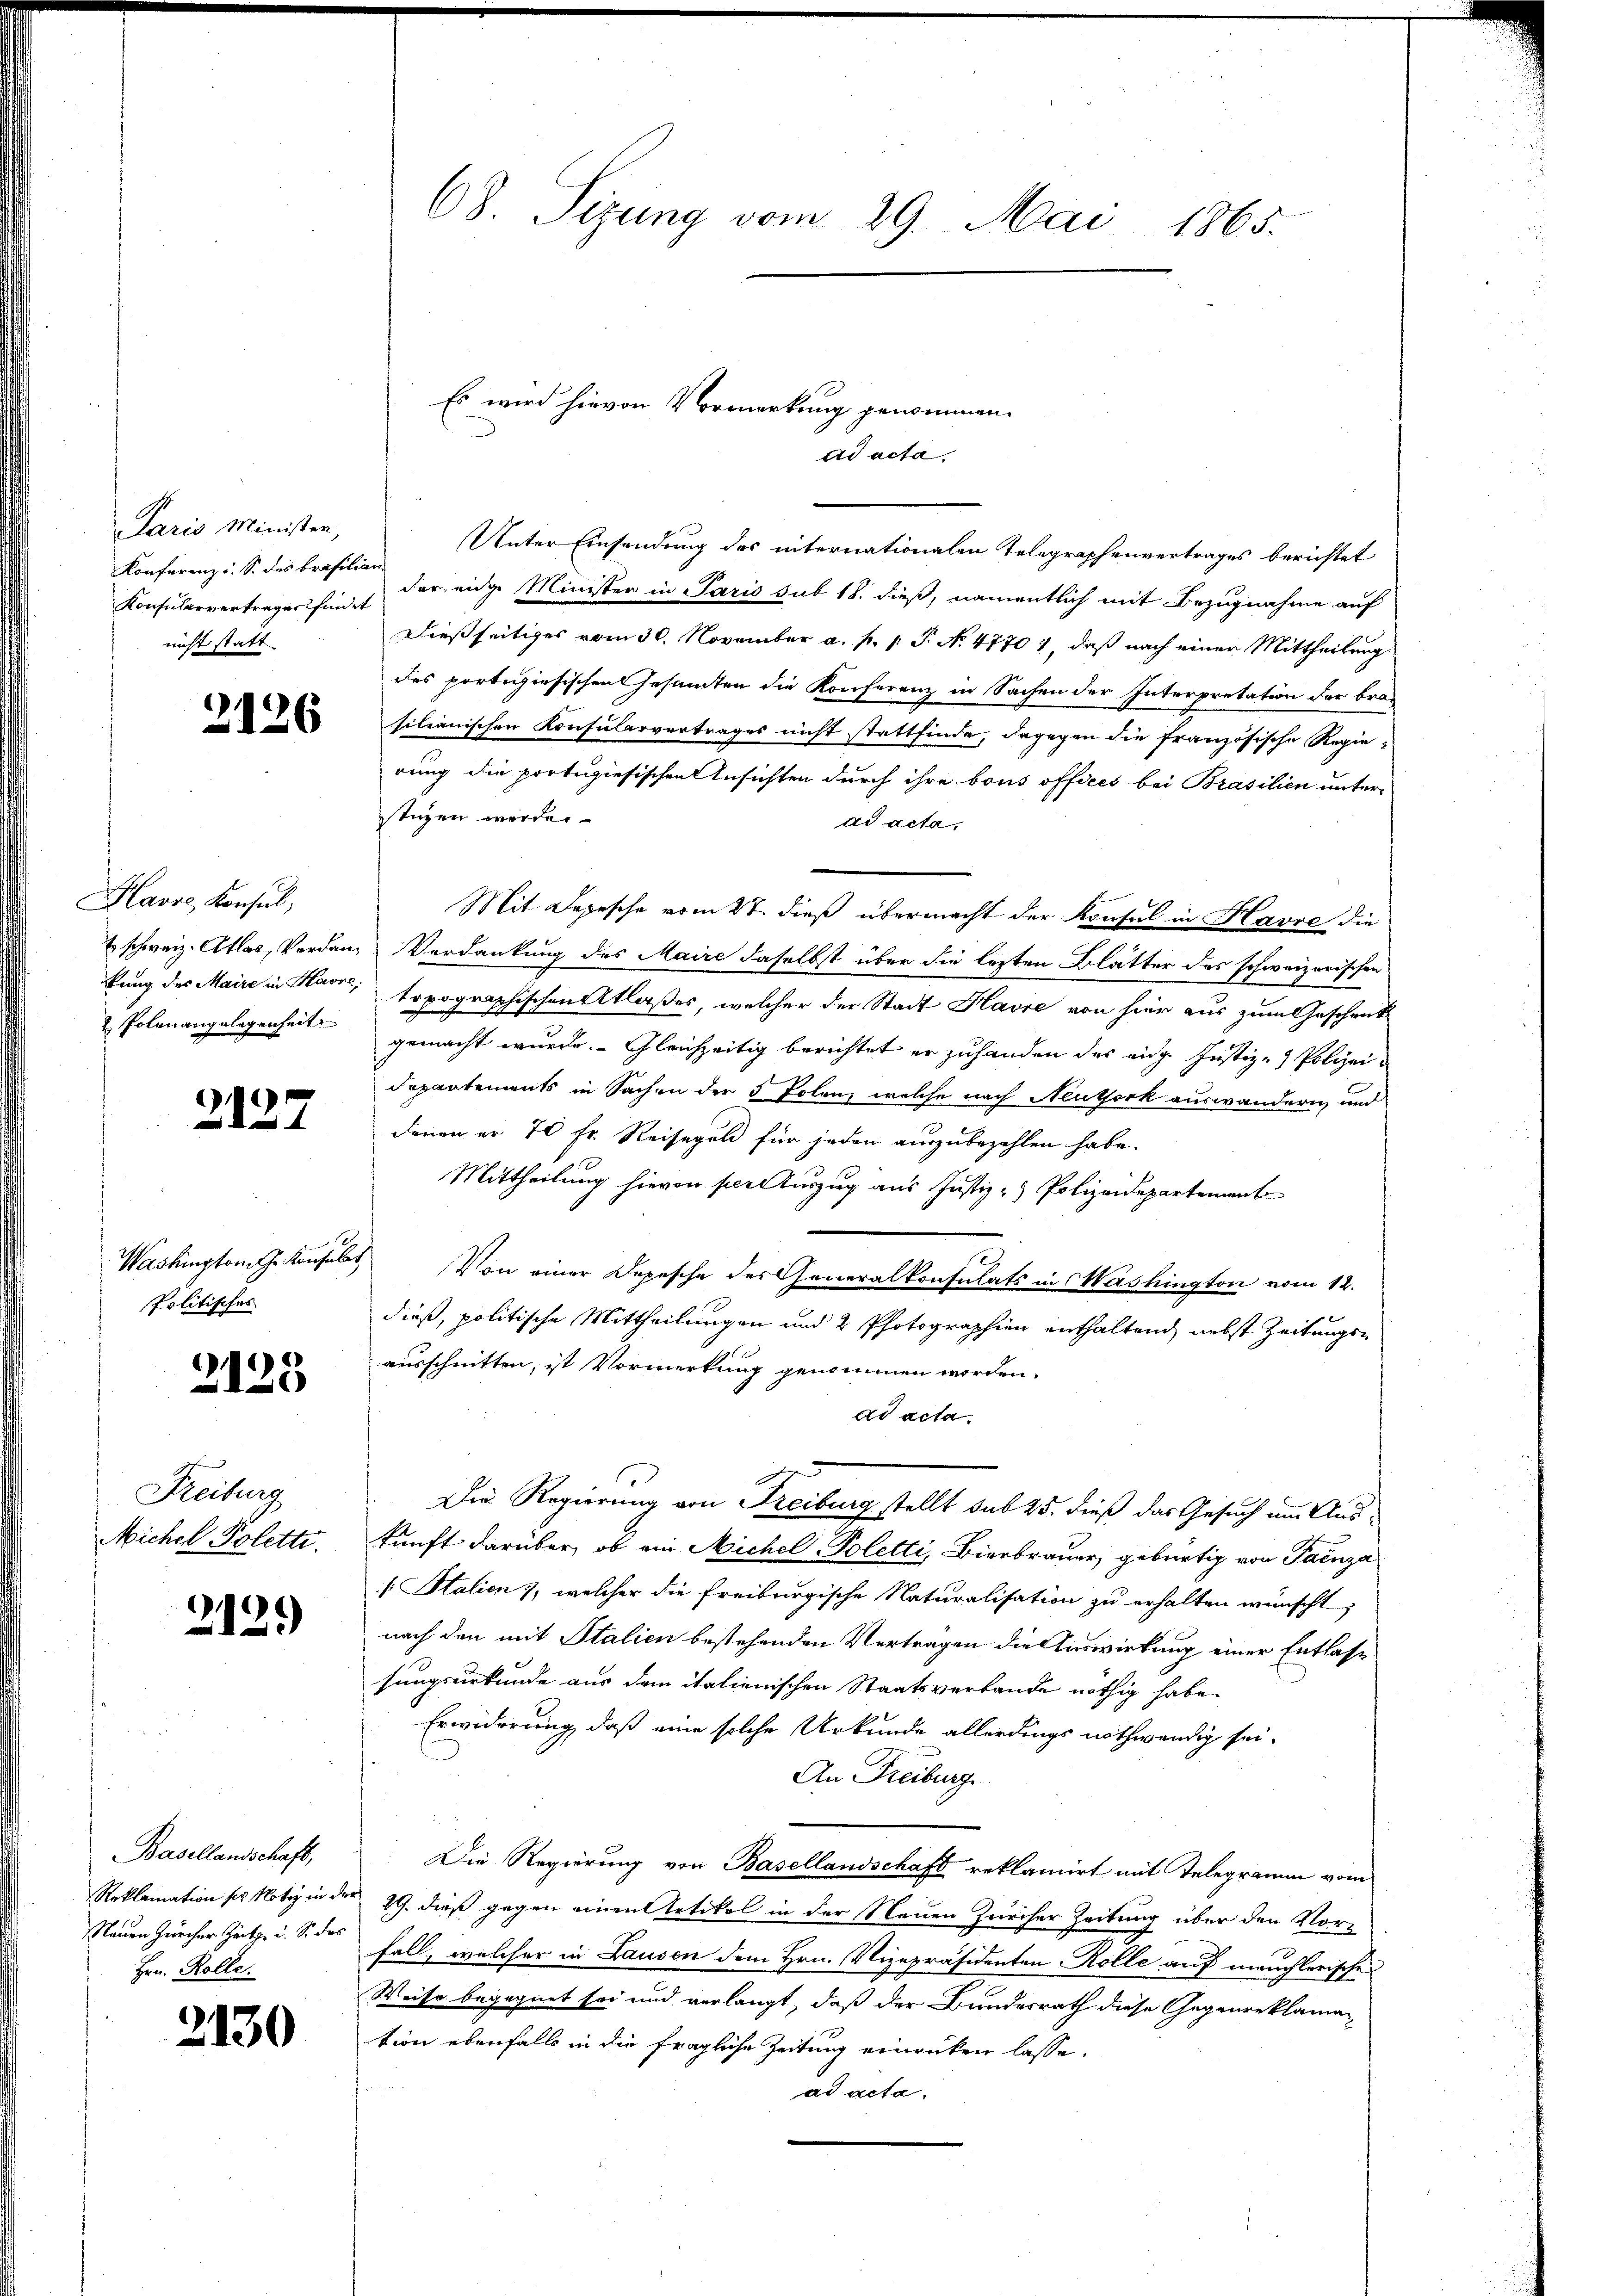
Paris Minister,
Konferenz u. S. des Brasilia
Konsularvertrages findet
nicht statt

2126

Havre, Konsul,
E schweiz. Atlas, Verdankung des Maire in Havre,
2 Polen angelegenheit

2127

Washington G. Konsul
Politisches

2135

Freiburg
Michel Polette.

2129

Basellandschaft,
Reklamation der Notiz in der
Neuen Zürcher Zeitz u. S. des
Hrn. Rolle.

2130

68. Sizung vom 29. Mai 1865.

Es wird hievon Vormerkung genommen.
ad acta.

Unter Einsendung des internationalen Telegraphenvertrages berichtet
der eidge Minister in Paris sub 18. dieß, namentlich mit Bezugnahme auf
Dießseitiges vom 30. November a. f. v. J. No. 47701, daß nach einer Mittheilung
des portigiesischen Gesamten die Konferenz in Sachen der Interpretation der brac
silianischen Konsularvertrages nicht stattfinde, dagegen die französische Regie-
rung die portugiesischen Ansichten durch ihre bous offices bei Brasilien unterstügen werden
ad acta,
Mit Depesche vom 27. dieß übermacht der Konsul in Havre die
Verdankung des Maire daselbst über die lezten Blätter des schweizerischen
topographischen Atlaßes, welcher der Stadt Havre von hier aus zum Geschenk
gemacht wurde. Gleichzeitig berichtet er zuhanden des eidg. Justiz- & Polizei
departements in Sachen der 3 Polenz, welche nach Neuthork auswandern und
denen er 70 Fr. Reisegel für jeden auszubezahlen habe.
Mittheilung hievon pere Auszug aus Justiz - Polizeidepartement
Von einer Depesche des Generalkonsulats in Washington vom 12.
dieß, politische Mittheilungen und 2 Photographien enthaltend, nebst Zeitungsausschnitten, ist Vormerkung genommen worden.
dd acta.
E
Die Regierung von Freiburg stellt sub 25. dieß das Gesuch im Auskunft darüber, ob ein Michel- Poletti, Bierbrauer, gebürtig von Tanza
[. Italien , welcher die Freiburgische Naturalisation zu erhalten wünscht,
nach den mit Stalien bestehenden Vertragen die Auswirkung einer Entlasse
sungsurkunde aus dem italienischen Staatsverbande nöthig habe.
Erwiderung, daß eine solche Urkunde allerdings nothwendig sei.
An Freiburg
Die Regierung von Basellandschaft reklamirt mit Telegramm vom
29. dieß gegen einen Artikel in der Neuen Zürcher Zeitung über den Vor-
Fall, welcher in Lausen dem Hrn. Vizepräsidenten Kolle auf meuchlerischen
Weise begegnet sei und verlangt, daß der Bundesrath diese Gegenreklaman
tion ebenfalls in die fragliche Zeitung einrücken lasse.
ad acta.